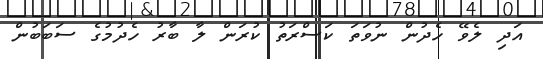
އަދި ލެވޭ ހެދުން ނުވަތަ ކަސްރަތު ކުރަން ލާ ބާރު ހެދުމުގެ ސަބަބުން